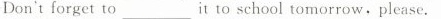
Don't forget to ___ it to school tomorrow,please.